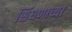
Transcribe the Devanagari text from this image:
सिंघणाच्या